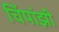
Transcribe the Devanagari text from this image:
चिंपांझी